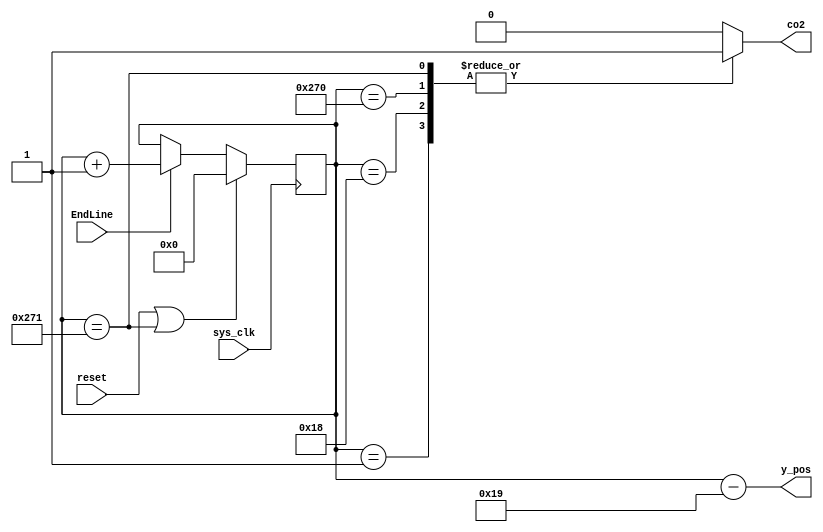
module y_pos(sys_clk,reset,y_pos,EndLine,co2);  
  input sys_clk,reset,EndLine;
  output reg co2;
  output [9:0] y_pos;
  reg [9:0] state;
  
  always @(*)
  begin
    case(state)
    10'd1:   co2<=1;
    10'd24:  co2<=1;
    10'd624: co2<=1;
    10'd625: co2<=1;
    default: co2<=0;
    endcase
  end
  
  always @(posedge sys_clk)
  begin
    if((reset)|(state==10'd625))
      state <= 0;
    else if(EndLine)
      state <= state + 1;
    else 
      state <= state;
  end
  assign y_pos = state - 10'd25;
endmodule